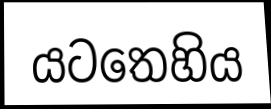
යටතෙහිය